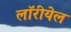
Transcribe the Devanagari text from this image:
लॉरीयेल